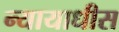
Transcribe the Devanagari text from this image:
न्यायाधीस